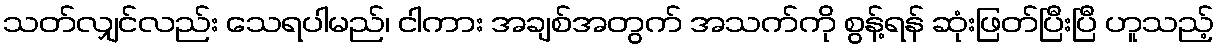
သတ်လျှင်လည်း သေရပါမည်၊ ငါကား အချစ်အတွက် အသက်ကို စွန့်ရန် ဆုံးဖြတ်ပြီးပြီ ဟူသည့်